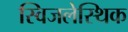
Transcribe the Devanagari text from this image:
स्विजलेस्थिक